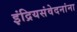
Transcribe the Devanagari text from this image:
इंद्रियसंवेदनांना